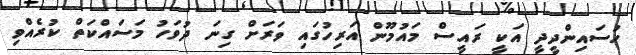
ހުސައިންދީދީ އަކީ ރައީސް މައުމޫން އަރިހުގައި ވަރަށް ގިނަ ދުވަހު މަސައްކަތް ކުރެއްވި